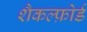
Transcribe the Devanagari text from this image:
शैकल्फ़ोर्ड